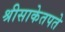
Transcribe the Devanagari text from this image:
श्रीसाकेतपते